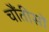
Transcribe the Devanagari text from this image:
चौंतीसों